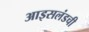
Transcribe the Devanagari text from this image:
आइसलंडची